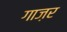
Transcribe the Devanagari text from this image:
गाज़र